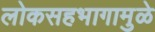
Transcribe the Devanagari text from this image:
लोकसहभागामुळे